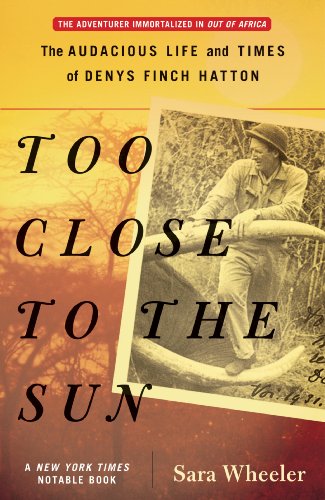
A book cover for Too Close to the Sun: The Audacious Life and Times of Denys Finch Hatton; Sara Wheeler; Biographies & Memoirs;